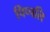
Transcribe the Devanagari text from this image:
पिप्पलि